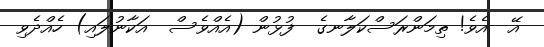
އޭ  އެވެ! ތިމަންރަސްކަލާނގެ  ފުޅުން (އެއްވެސް  އަކާނުލައި) ހެއްދެވި